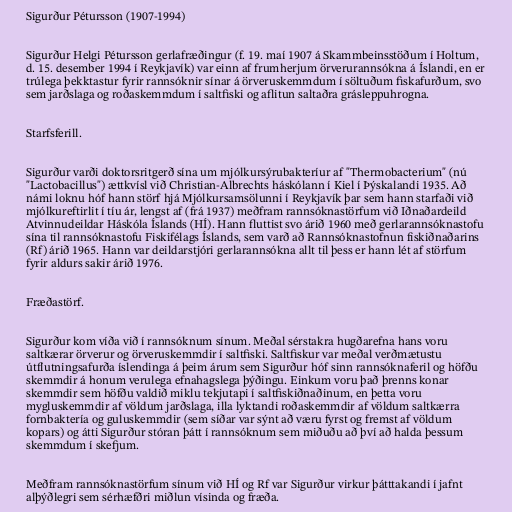
Sigurður Pétursson (1907-1994)

Sigurður Helgi Pétursson gerlafræðingur (f. 19. maí 1907 á Skammbeinsstöðum í Holtum,
d. 15. desember 1994 í Reykjavík) var einn af frumherjum örverurannsókna á Íslandi, en er
trúlega þekktastur fyrir rannsóknir sínar á örveruskemmdum í söltuðum fiskafurðum, svo
sem jarðslaga og roðaskemmdum í saltfiski og aflitun saltaðra grásleppuhrogna.

Starfsferill.

Sigurður varði doktorsritgerð sína um mjólkursýrubakteríur af "Thermobacterium" (nú
"Lactobacillus") ættkvísl við Christian-Albrechts háskólann í Kiel í Þýskalandi 1935. Að
námi loknu hóf hann störf hjá Mjólkursamsölunni í Reykjavík þar sem hann starfaði við
mjólkureftirlit í tíu ár, lengst af (frá 1937) meðfram rannsóknastörfum við Iðnaðardeild
Atvinnudeildar Háskóla Íslands (HÍ). Hann fluttist svo árið 1960 með gerlarannsóknastofu
sína til rannsóknastofu Fiskifélags Íslands, sem varð að Rannsóknastofnun fiskiðnaðarins
(Rf) árið 1965. Hann var deildarstjóri gerlarannsókna allt til þess er hann lét af störfum
fyrir aldurs sakir árið 1976.

Fræðastörf.

Sigurður kom víða við í rannsóknum sínum. Meðal sérstakra hugðarefna hans voru
saltkærar örverur og örveruskemmdir í saltfiski. Saltfiskur var meðal verðmætustu
útflutningsafurða íslendinga á þeim árum sem Sigurður hóf sinn rannsóknaferil og höfðu
skemmdir á honum verulega efnahagslega þýðingu. Einkum voru það þrenns konar
skemmdir sem höfðu valdið miklu tekjutapi í saltfiskiðnaðinum, en þetta voru
mygluskemmdir af völdum jarðslaga, illa lyktandi roðaskemmdir af völdum saltkærra
fornbaktería og guluskemmdir (sem síðar var sýnt að væru fyrst og fremst af völdum
kopars) og átti Sigurður stóran þátt í rannsóknum sem miðuðu að því að halda þessum
skemmdum í skefjum.

Meðfram rannsóknastörfum sínum við HÍ og Rf var Sigurður virkur þátttakandi í jafnt
alþýðlegri sem sérhæfðri miðlun vísinda og fræða.